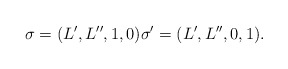
\begin{align*} \sigma = (L', L'',1,0) \sigma' = (L', L'', 0,1). \end{align*}